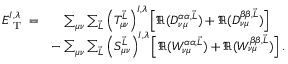
\begin{array} { r l } { E _ { \textrm { T } } ^ { I , \lambda } = } & { { \phantom { - } } \sum _ { \mu \nu } \sum _ { \vec { L } } \left( T _ { \mu \nu } ^ { \vec { L } } \right) ^ { I , \lambda } \left[ \Re ( D _ { \nu \mu } ^ { \alpha \alpha , \vec { L } } ) + \Re ( D _ { \nu \mu } ^ { \beta \beta , \vec { L } } ) \right] } \\ & { - \sum _ { \mu \nu } \sum _ { \vec { L } } \left( S _ { \mu \nu } ^ { \vec { L } } \right) ^ { I , \lambda } \left[ \Re ( W _ { \nu \mu } ^ { \alpha \alpha , \vec { L } } ) + \Re ( W _ { \nu \mu } ^ { \beta \beta , \vec { L } } ) \right] . } \end{array}